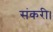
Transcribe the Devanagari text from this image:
संकरी।